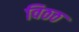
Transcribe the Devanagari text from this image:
विठठ